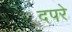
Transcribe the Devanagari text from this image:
दपरे